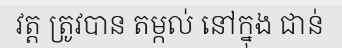
វត្ត ត្រូវបាន តម្កល់ នៅក្នុង ជាន់